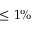
\leq 1 \%